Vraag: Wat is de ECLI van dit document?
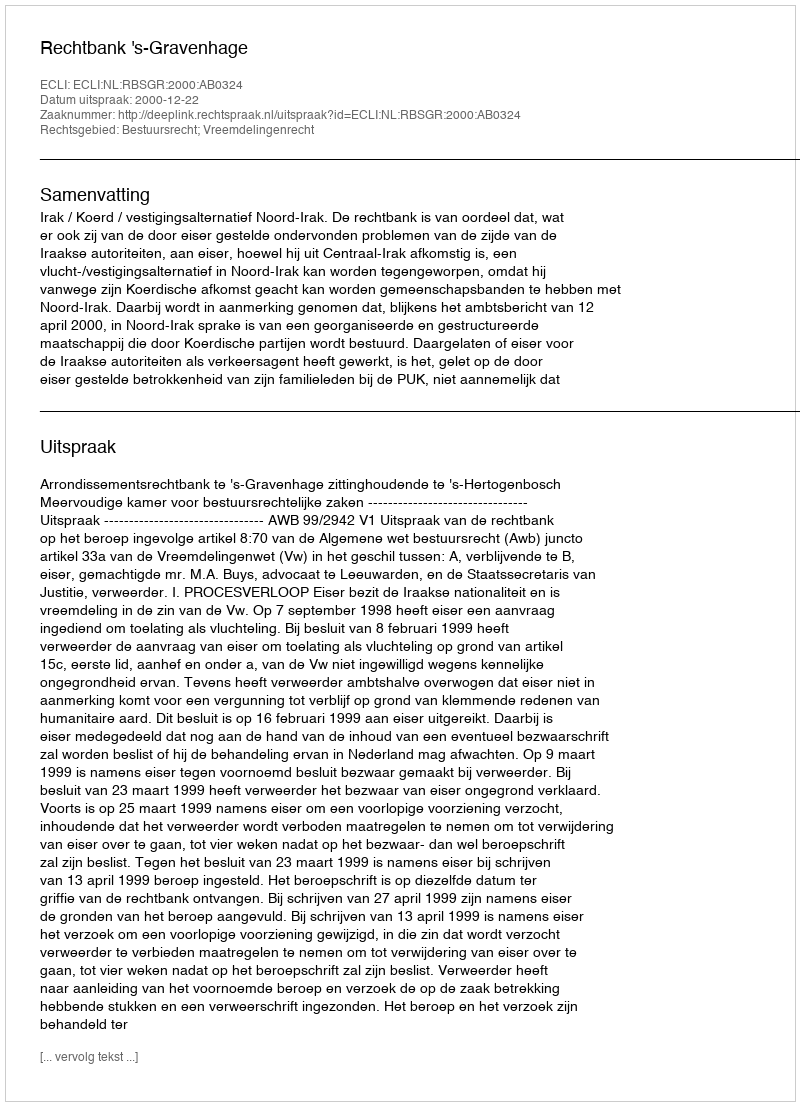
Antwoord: ECLI:NL:RBSGR:2000:AB0324